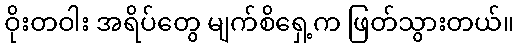
ဝိုးတဝါး အရိပ်တွေ မျက်စိရှေ့က ဖြတ်သွားတယ်။